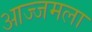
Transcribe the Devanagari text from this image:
आज्जमला